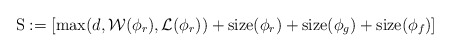
\begin{align*}{\rm S}:=\left[\max(d,\mathcal{W}(\phi_r),\mathcal{L}(\phi_r))+{\rm size}(\phi_r)+{\rm size}(\phi_g)+{\rm size}(\phi_f)\right]\end{align*}